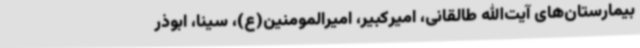
بیمارستان‌های آیت‌الله طالقانی، امیرکبیر، امیرالمومنین(ع)، سینا، ابوذر